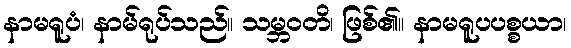
နာမရူပံ၊ နာမ်ရုပ်သည်။ သမ္ဘဝတိ၊ ဖြစ်၏။ နာမရူပပစ္စယာ၊